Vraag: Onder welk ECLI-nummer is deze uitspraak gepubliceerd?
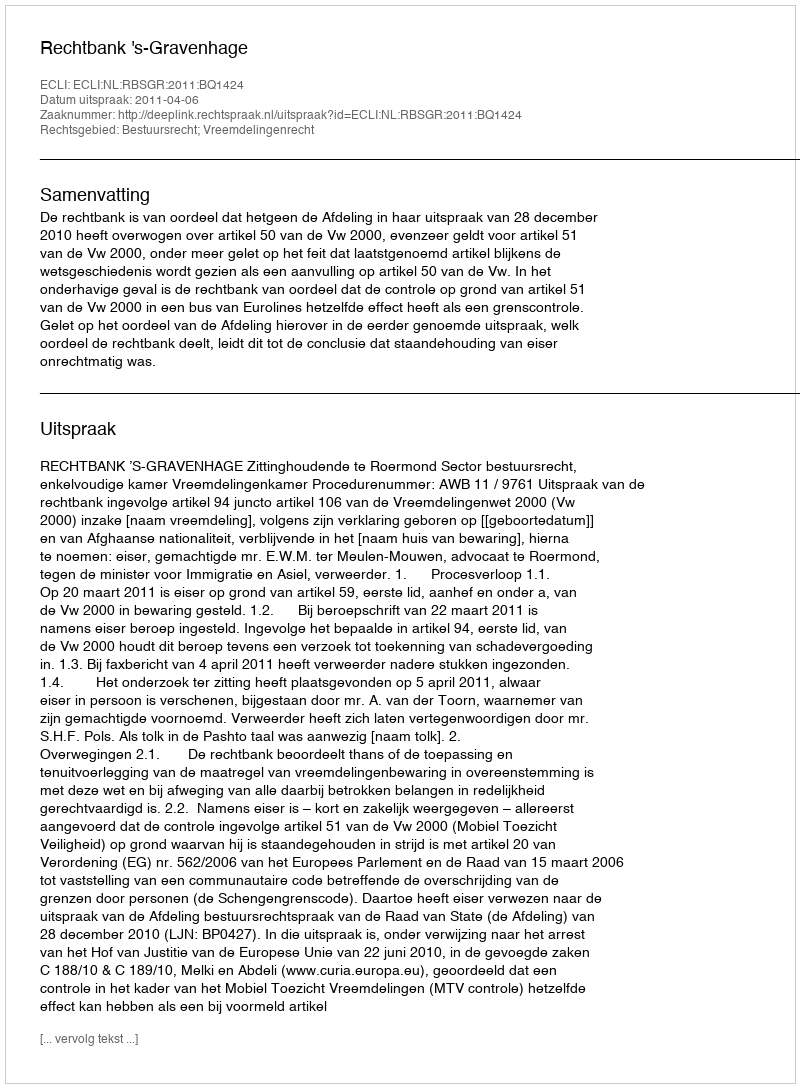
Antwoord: ECLI:NL:RBSGR:2011:BQ1424